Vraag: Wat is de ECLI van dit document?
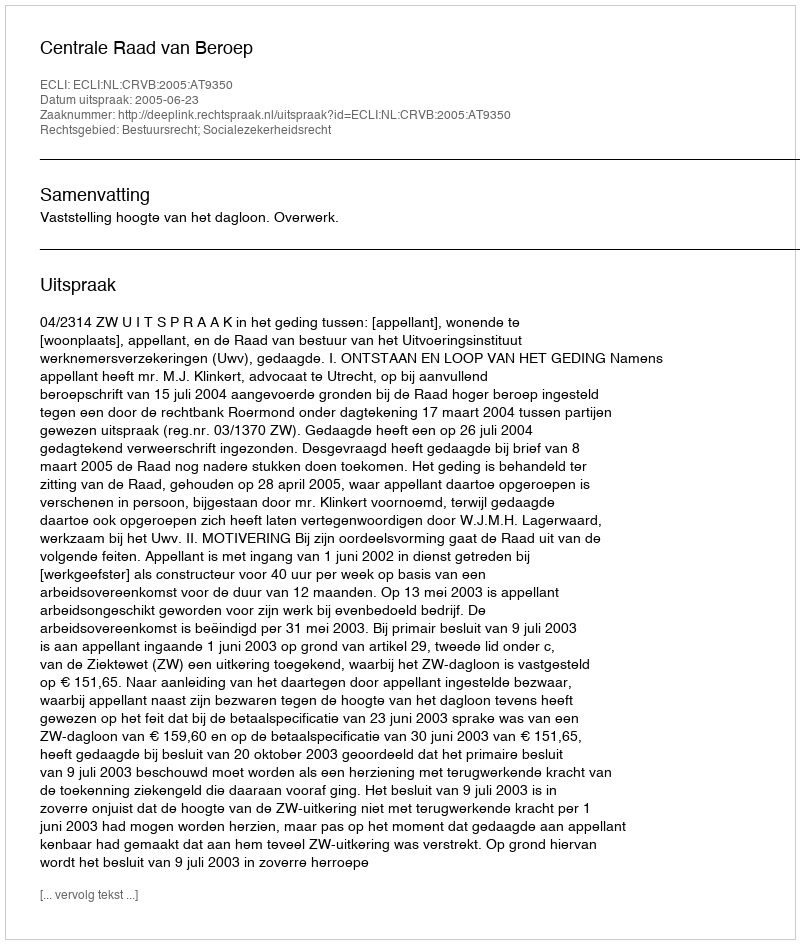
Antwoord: ECLI:NL:CRVB:2005:AT9350